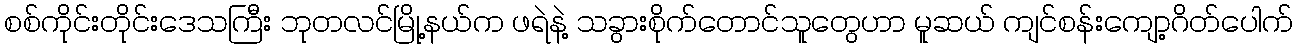
စစ်ကိုင်းတိုင်းဒေသကြီး ဘုတလင်မြို့နယ်က ဖရဲနဲ့ သခွားစိုက်တောင်သူတွေဟာ မူဆယ် ကျင်စန်းကျော့ဂိတ်ပေါက်